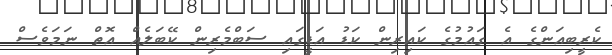
ކެރީބިއަންގެ އެ ގައުމުގެ ކައިރިން ކަޑު އަޑީގައި ސަބްމެރިން ކޭބަލެއް އޮތް ނަމަވެސް